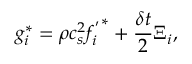
g _ { i } ^ { * } = \rho c _ { s } ^ { 2 } { f _ { i } ^ { ' } } ^ { * } + \frac { \delta t } { 2 } \Xi _ { i } ,